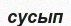
сусып